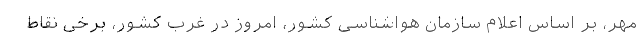
مهر، بر اساس اعلام سازمان هواشناسی کشور، امروز در غرب کشور، برخی نقاط